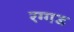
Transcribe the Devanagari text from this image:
रग्गड